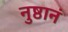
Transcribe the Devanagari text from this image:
नुष्ठानं